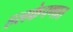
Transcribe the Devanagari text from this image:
हलकेपणात